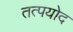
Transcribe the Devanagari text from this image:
तत्पयोद